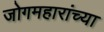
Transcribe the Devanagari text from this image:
जोगमहारांच्या